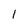
Character: 1